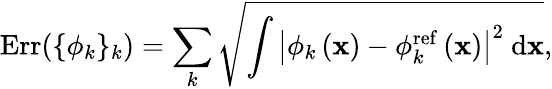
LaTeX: \mathrm{Err}(\{ \phi_{k}\} _{k})=\sum_{k}{\sqrt{\int{\left|\phi_{k}\left({\mathbf x}\right)-\phi_{k}^{\mathrm{ref}}\left({\mathbf x}\right)\right|^{2}\ \mathrm{d}{\mathbf x}}}},